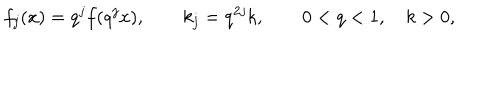
LaTeX: f _ { j } ( x ) = q ^ { j } f ( q ^ { j } x ) , \qquad k _ { j } = q ^ { 2 j } k , \qquad 0 < q < 1 , \quad k > 0 ,